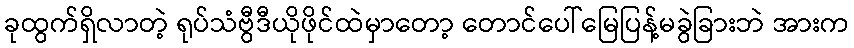
ခုထွက်ရှိလာတဲ့ ရုပ်သံဗွီဒီယိုဖိုင်ထဲမှာတော့ တောင်ပေါ်မြေပြန့်မခွဲခြားဘဲ အားက